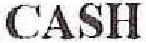
CASH